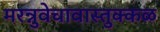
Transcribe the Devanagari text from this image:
मरन्नुवेचावास्तुक्कळ